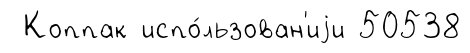
Коппак испо́льзован'иjи 50538